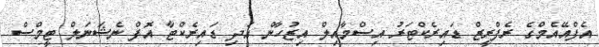
އެފްއޭއެމްގެ ރެފްރީޒް ޑައިރެކްޓަރު އިސްމާއިލް އިޒުހާން އަދި ޑައިރެކްޓާ އޮފް ނެޝަނަލް ޓީމްސް